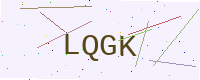
Text: LQGK